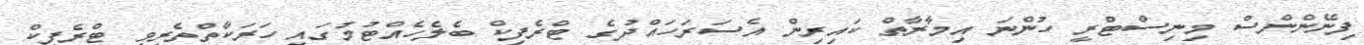
ފިނޭންންސް މިނިސްޓްރީ ހުންނަ އިމާރާތް ކައިރިން އެސަރަހައްދުގެ ޓްރެފިކް ބެލެހެއްޓުމުގައި ހަރަކާތްތެރިވި ޓްރެފިކް